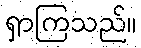
ရှာကြသည်။